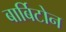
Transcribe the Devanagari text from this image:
बार्बिटोन